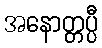
အနောတ္တပ္ပီ